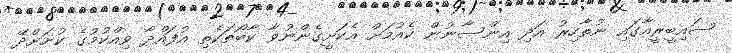
ސައިބީރީއާގައި ނުތާހިރު އަދި އިންސާނުން ކެއުމަށް އެކަށީގެންނުވާ ކާބޯތަކެތި އުފައްދާ ވިއްކުމުގެ ކުށަށްދޭ